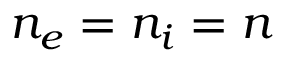
n _ { e } = n _ { i } = n